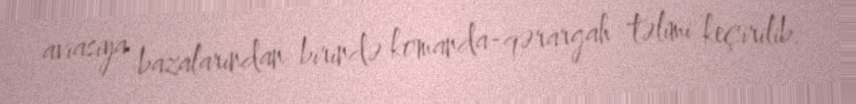
aviasiya bazalarından birində komanda-qərargah təlimi keçirilib.